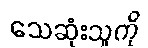
သေဆုံးသူကို